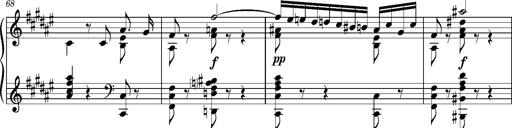
Title: Cavatine de Robert le Diable
Composer: Franz Liszt
Key: F-sharp minor